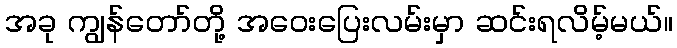
အခု ကျွန်တော်တို့ အဝေးပြေးလမ်းမှာ ဆင်းရလိမ့်မယ်။